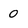
Character: O